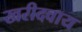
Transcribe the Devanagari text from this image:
खरीदवाय